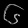
Digit: ၆